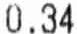
0.34